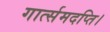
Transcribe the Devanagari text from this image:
गार्त्समदप्ति।